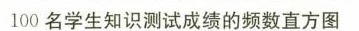
100名学生知识测试成绩的频数直方图